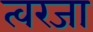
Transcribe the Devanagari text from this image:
त्वरजा